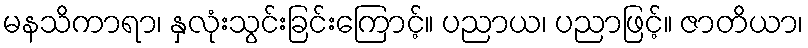
မနသိကာရာ၊ နှလုံးသွင်းခြင်းကြောင့်။ ပညာယ၊ ပညာဖြင့်။ ဇာတိယာ၊